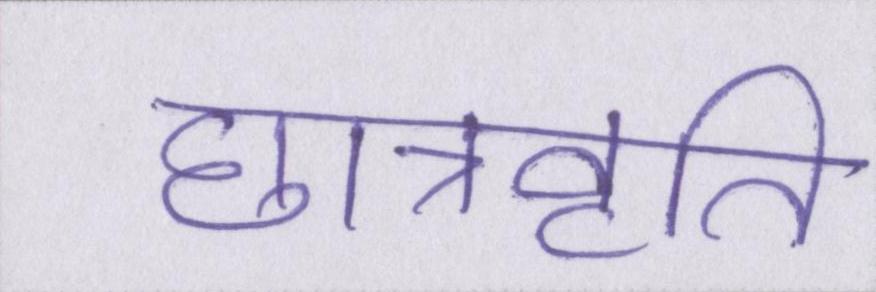
छात्रवृति